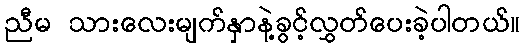
ညီမ သားလေးမျက်နှာနဲ့ခွင့်လွှတ်ပေးခဲ့ပါတယ်။